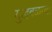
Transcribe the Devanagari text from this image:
युद्धबळाचा